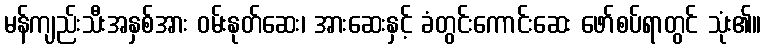
မန်ကျည်းသီးအနှစ်အား ဝမ်းနုတ်ဆေး၊ အားဆေးနှင့် ခံတွင်းကောင်းဆေး ဖော်စပ်ရာတွင် သုံး၏။